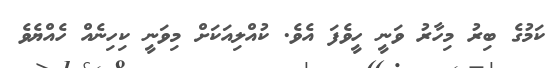
ކަމުގެ ބިރު މިހާރު ވަނީ ހީވެފަ އެވެ. ކުއްލިއަކަށް މިވަނީ ކިހިނެއް ހެއްޔެވެ